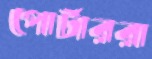
পোর্টাররা